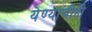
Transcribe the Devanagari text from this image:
येण्याचीही